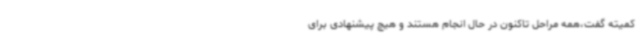
کمیته گفت،همه مراحل تاکنون در حال انجام هستند و هیچ پیشنهادی برای